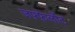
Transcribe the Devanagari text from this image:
जफ़्फ़ेर्लोट